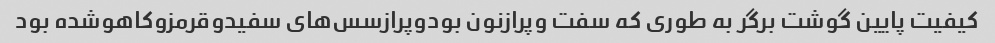
کیفیت پایین گوشت برگر به طوری که سفت وپرازنون بودوپرازسس‌های سفیدوقرمزوکاهوشده بود